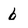
Character: b